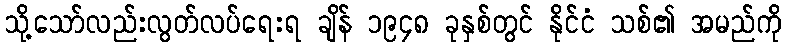
သို့သော်လည်းလွတ်လပ်ရေးရ ချိန် ၁၉၄၈ ခုနှစ်တွင် နိုင်ငံ သစ်၏ အမည်ကို